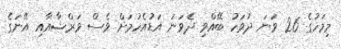
މިމަހުގެ 26 ވަނަ ދުވަހު ބޭއްވި ދެވަނަ އަޑުއެހުމަށް ވެސް ވަރްޝާއާއި އޭނަގެ